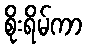
စိုးရိမ်ကာ